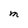
Character: M